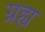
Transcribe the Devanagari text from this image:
ग्रह्य